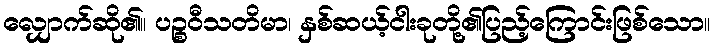
လျှောက်ဆို၏။ ပဉ္စဝီသတိမာ၊ နှစ်ဆယ့်ငါးခုတို့၏ပြည့်ကြောင်းဖြစ်သော။